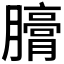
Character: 𣎪